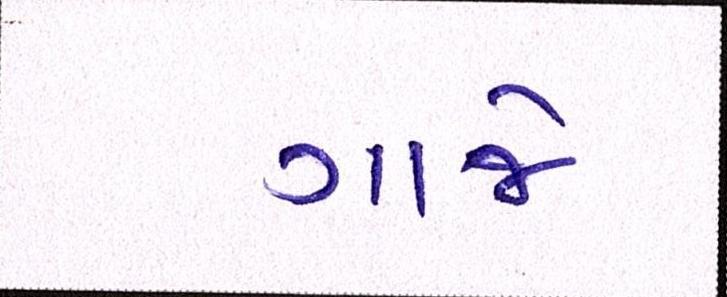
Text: ગાજે